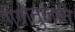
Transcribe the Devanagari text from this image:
गंगानुजाने